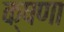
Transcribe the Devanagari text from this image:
क्षणा